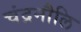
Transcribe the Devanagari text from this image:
चंद्रमौलि